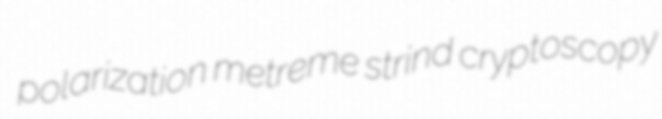
polarization metreme strind cryptoscopy